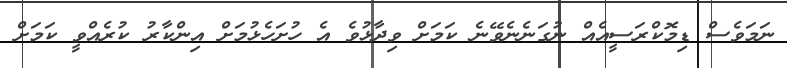
ނަމަވެސް ޑިމޮކްރަސީއެއް ނުގަނެނެވޭނެ ކަމަށް ވިދާޅުވެ އެ ހުށަހެޅުމަށް އިންކާރު ކުރެއްވީ ކަމަށް